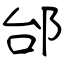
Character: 邰